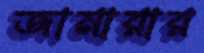
জামারার